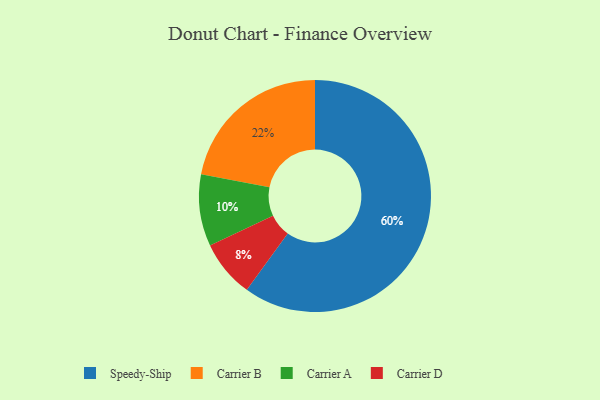
{"axis": {"x": "Category", "y": "Percentage"}, "legend": ["Carrier A", "Carrier B", "Carrier D", "Speedy-Ship"], "data": [{"x": "Carrier D", "y": 8, "type": "Carrier D"}, {"x": "Carrier A", "y": 10, "type": "Carrier A"}, {"x": "Speedy-Ship", "y": 60, "type": "Speedy-Ship"}, {"x": "Carrier B", "y": 22, "type": "Carrier B"}]}